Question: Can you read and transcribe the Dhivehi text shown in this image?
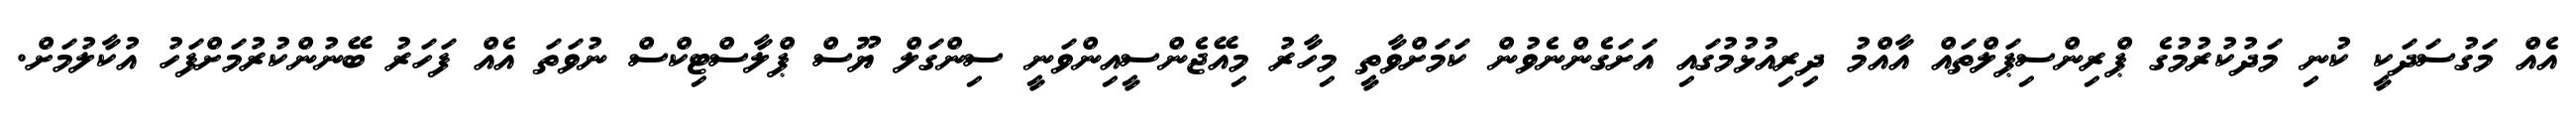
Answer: އެއް މަގުސަދަކީ ކުނި މަދުކުރުމުގެ ޕްރިންސިޕަލްތައް އާއްމު ދިރިއުޅުމުގައި އަށަގެންނެވުން ކަމަށްވާތީ މިހާރު މިއޭޖެންސީއިންވަނީ ސިންގަލް ޔޫސް ޕްލާސްޓިކްސް ނުވަތަ އެއް ފަހަރު ބޭނުންކުރުމަށްފަހު އުކާލުމަށް.